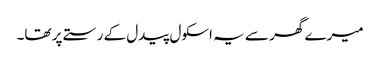
میرے گھر سے یہ اسکول پیدل کے رستے پر تھا۔